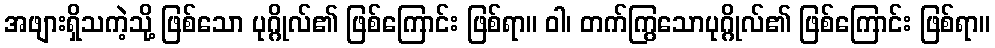
အဖျားရှိသကဲ့သို့ ဖြစ်သော ပုဂ္ဂိုလ်၏ ဖြစ်ကြောင်း ဖြစ်ရာ။ ဝါ၊ တက်ကြွသောပုဂ္ဂိုလ်၏ ဖြစ်ကြောင်း ဖြစ်ရာ။